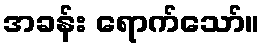
အခန်း ရောက်သော်။